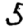
Digit: 5